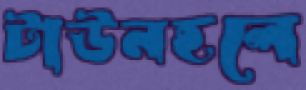
টাউনহলে